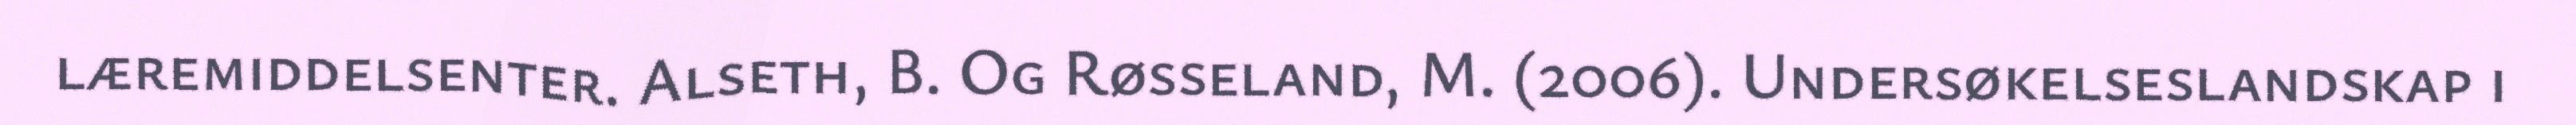
læremiddelsenter. Alseth, B. Og Røsseland, M. (2006). Undersøkelseslandskap i